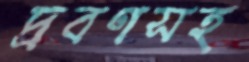
দ্রবণসহ